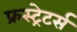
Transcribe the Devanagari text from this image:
फ्रस्ट्रेटर्स